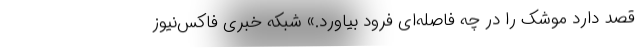
قصد دارد موشک را در چه فاصله‌ای فرود بیاورد.» شبکه خبری فاکس‌نیوز